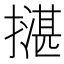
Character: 𢵺